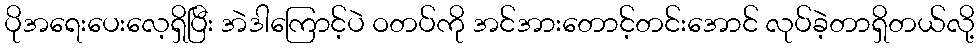
ပိုအရေးပေးလေ့ရှိပြီး အဲဒါကြောင့်ပဲ ဝတပ်ကို အင်အားတောင့်တင်းအောင် လုပ်ခဲ့တာရှိတယ်လို့